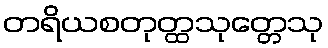
တရိယစတုတ္ထသုတ္တေသု